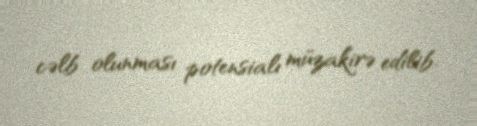
cəlb olunması potensialı müzakirə edilib.